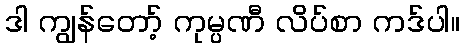
ဒါ ကျွန်တော့် ကုမ္ပဏီ လိပ်စာ ကဒ်ပါ။